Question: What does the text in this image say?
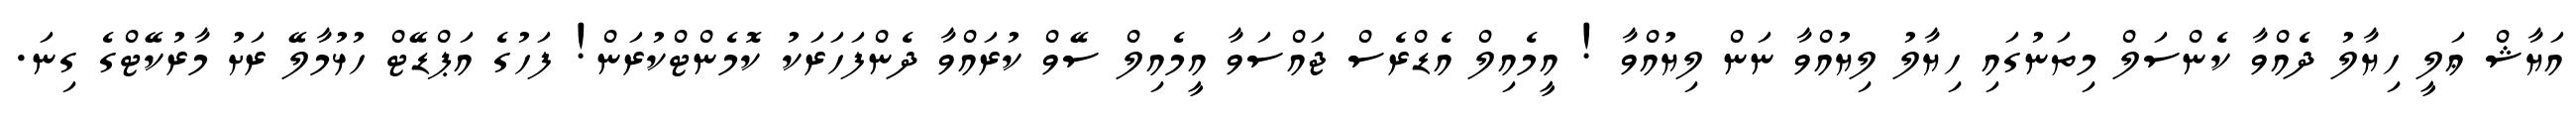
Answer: އަޔާޝް ޢަލީ ހިޔާލު ދެއްވާ ކެންސަލް މިތަނުގައި ހިޔާލު ލިޔުއްވާ ނަން ލިޔުއްވާ ! އީމެއިލް އެޑްރެސް ޖައްސަވާ އީމެއިލް ސޭވް ކުރައްވާ ދެންފަހަރަކު ކޮމެންޓްކުރަން! ފަހުގެ އަޕްޑޭޓް ހުޅުމާލޭ ރަށު މާރުކޭޓްގެ ގިނަ.